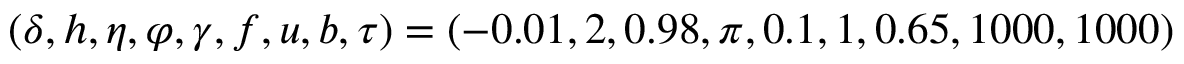
( \delta , h , \eta , \varphi , \gamma , f , u , b , \tau ) = ( - 0 . 0 1 , 2 , 0 . 9 8 , \pi , 0 . 1 , 1 , 0 . 6 5 , 1 0 0 0 , 1 0 0 0 )